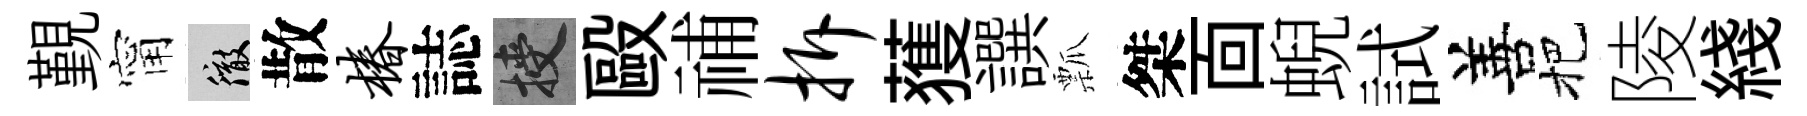
覲甯徹散椿誌授毆𥙷拆𫉬譔瓢桀靣蜺試善把陵綫